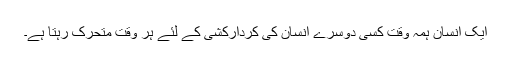
ایک انسان ہمہ وقت کسی دوسرے انسان کی کردارکشی کے لئے ہر وقت متحرک رہتا ہے۔